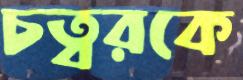
চত্বরকে